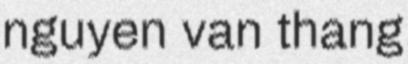
nguyen van thang